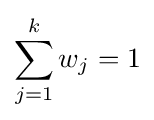
\sum _{j=1}^{k}w_{j}=1